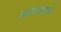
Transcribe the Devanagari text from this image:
अत्‍याचाराचे